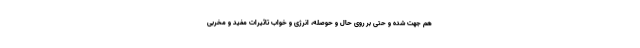
هم جهت شده و حتی بر روی حال و حوصله، انرژی و خواب تاثیرات مفید و مخربی